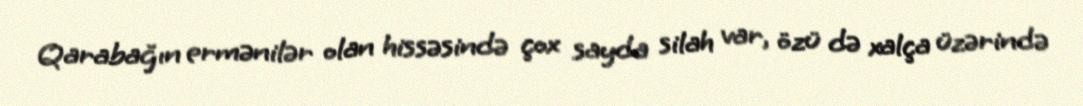
Qarabağın ermənilər olan hissəsində çox sayda silah var, özü də xalça üzərində